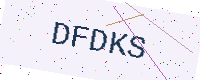
Text: DFDKS